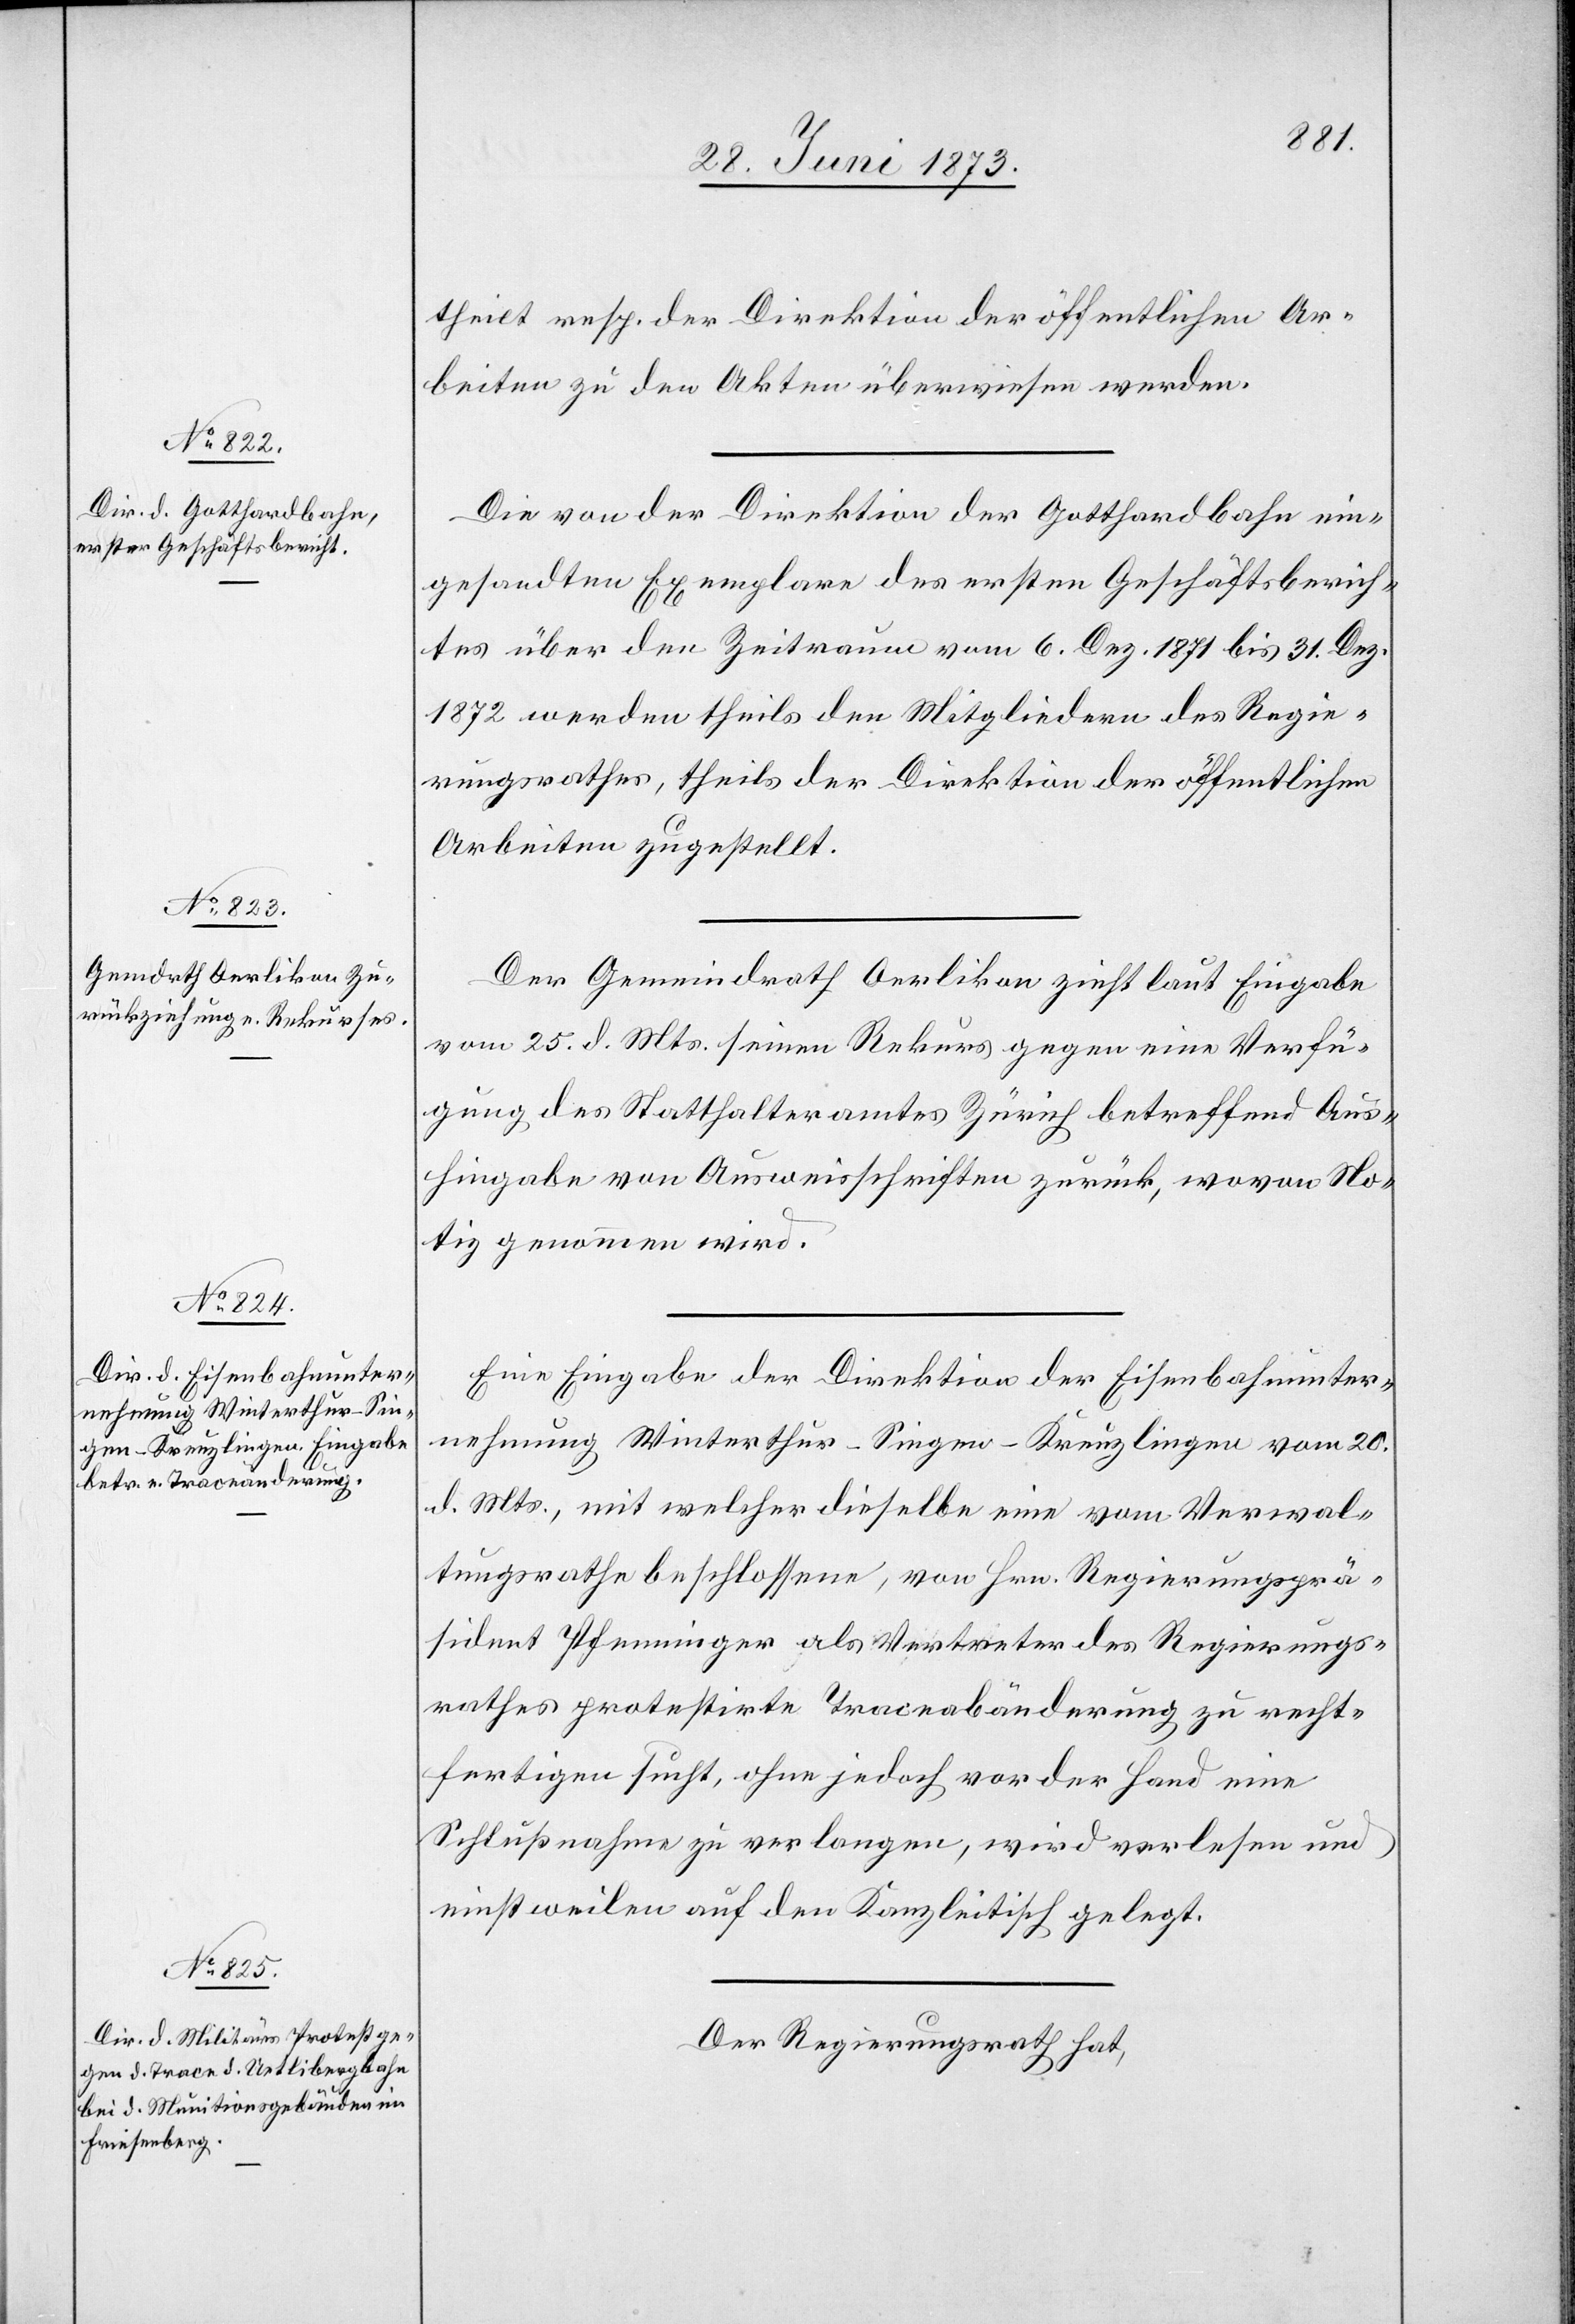
theilt resp. der Direktion der öffentlichen Ar¬
beiten zu den Akten überwiesen werden.
Die von der Direktion der Gotthardbahn ein¬
gesandten Exemplare des ersten Geschäftsberich¬
tes über den Zeitraum vom 6. Dez. 1871 bis 31. Dez.
1872 werden theils den Mitgliedern des Regie¬
rungsrathes, theils der Direktion der öffentlichen
Arbeiten zugestellt.
Der Gemeindrath Oerlikon zieht laut Eingabe
vom 25. d. Mts. seinen Rekurs gegen eine Verfü¬
gung des Statthalteramtes Zürich betreffend Aus¬
hingabe von Ausweisschriften zurück, wovon No¬
tiz genommen wird.
Eine Eingabe der Direktion der Eisenbahnunter¬
nehmung Winterthur–Singen–Kreuzlingen vom 20.
d. Mts., mit welcher dieselbe eine vom Verwal¬
tungsrathe beschlossene, von Hrn. Regierungsprä¬
sident Pfenninger als Vertreter des Regierungs¬
rathes protestirte Traceabänderung zu recht¬
fertigen sucht, ohne jedoch vor der Hand eine
Schlußnahme zu verlangen, wird verlesen und
einstweilen auf den Kanzleitisch gelegt.
Der Regierungsrath hat,